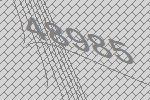
48985